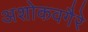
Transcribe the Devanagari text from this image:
अशोकवगैरे